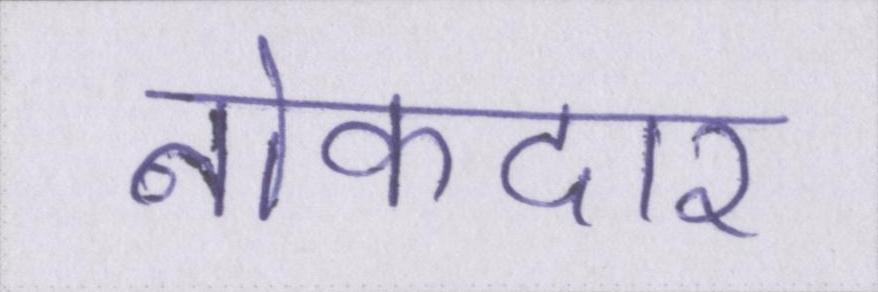
नोकदार